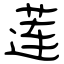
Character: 莲